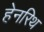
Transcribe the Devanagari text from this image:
हेनरिथ